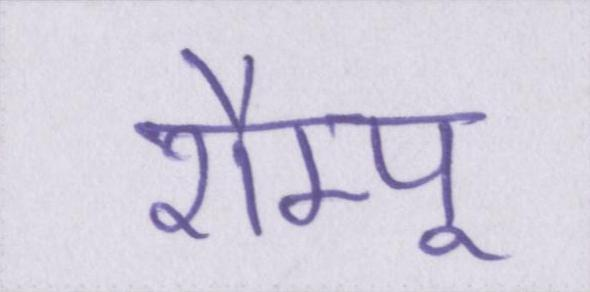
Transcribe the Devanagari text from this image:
शैम्पू